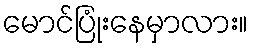
မောင်ပြုံးနေမှာလား။